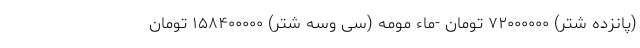
(پانزده شتر) ۷۲۰۰۰۰۰۰ تومان -ماء مومه (سی وسه شتر) ۱۵۸۴۰۰۰۰۰ تومان